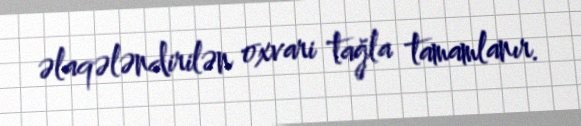
əlaqələndirilən oxvari tağla tamamlanır.